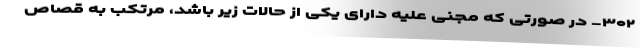
۳۰۲- در صورتی که مجنی علیه دارای یکی از حالات زیر باشد، مرتکب به قصاص